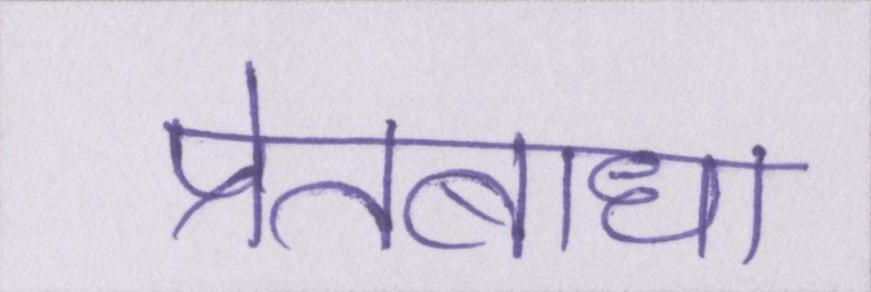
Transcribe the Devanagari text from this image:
प्रेतबाधा